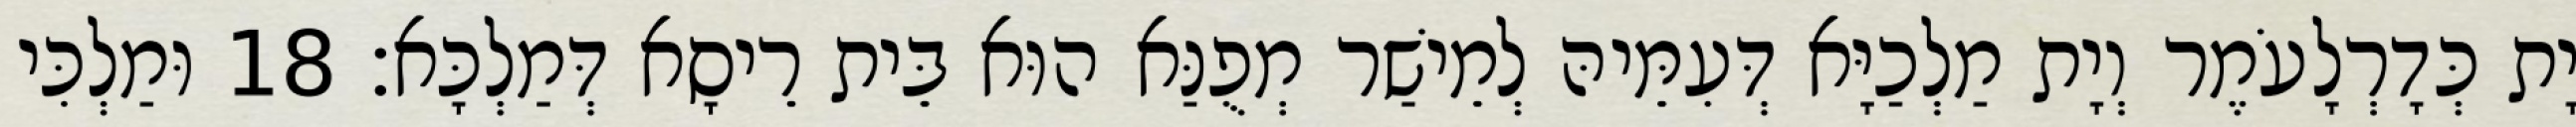
יָת כְּדָרְלָעֹמֶר וְיָת מַלְכַיָּא דְּעִמֵּיהּ לְמֵישַׁר מְפֻנַּא הוּא בֵּית רֵיסָא דְּמַלְכָּא׃ 18 וּמַלְכִּי